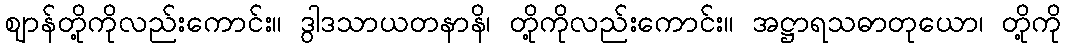
ဈာန်တို့ကိုလည်းကောင်း။ ဒွါဒသာယတနာနိ၊ တို့ကိုလည်းကောင်း။ အဋ္ဌာရသဓာတုယော၊ တို့ကို